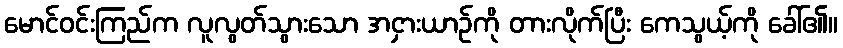
မောင်ဝင်းကြည်က လူလွတ်သွားသော အငှားယာဉ်ကို တားလိုက်ပြီး ကေသွယ့်ကို ခေါ်၏။